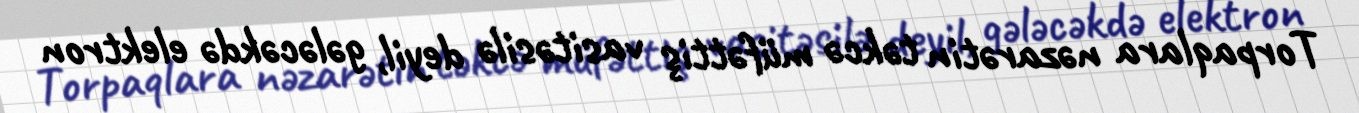
Torpaqlara nəzarətin təkcə müfəttiş vasitəsilə deyil, gələcəkdə elektron